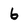
Character: 6